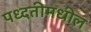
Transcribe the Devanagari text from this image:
पध्दतीमधील